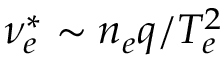
\nu _ { e } ^ { * } \sim n _ { e } q / T _ { e } ^ { 2 }